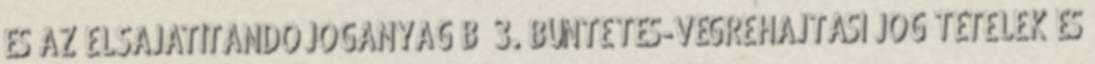
ÉS AZ ELSAJÁTÍTANDÓ JOGANYAG B 3. BÜNTETÉS-VÉGREHAJTÁSI JOG TÉTELEK ÉS